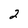
Character: 2